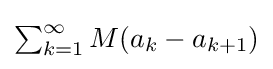
{\textstyle \sum _{k=1}^{\infty }M(a_{k}-a_{k+1})}